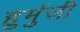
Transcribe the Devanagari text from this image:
हुर्मुजी